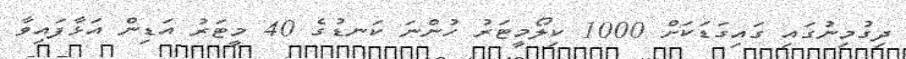
ދިގުމިނުގައި ގައިގަޑަކަށް 1000 ކިލޯމީޓަރު ހުންނަ ކަނޑުގެ 40 މީޓަރު އަޑިން އަޅާފައިވާ